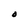
Character: O